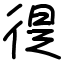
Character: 徥